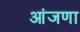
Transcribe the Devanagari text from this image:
आंजणा